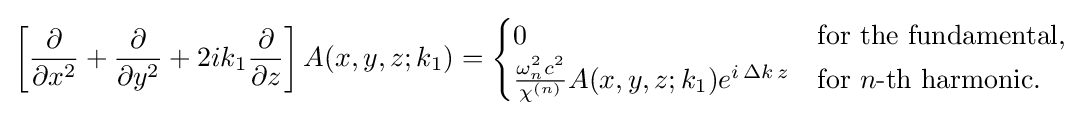
\left[{\frac {\partial }{\partial x^{2}}}+{\frac {\partial }{\partial y^{2}}}+2ik_{1}{\frac {\partial }{\partial z}}\right]A(x,y,z;k_{1})={\begin{cases}0&{\text{for the fundamental}},\\{\frac {\omega _{n}^{2}c^{2}}{\chi ^{(n)}}}A(x,y,z;k_{1})e^{i\,\Delta k\,z}&{\text{for }}n{\text{-th harmonic}}.\end{cases}}